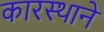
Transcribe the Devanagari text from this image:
कारस्थानें